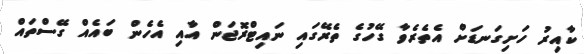
ކާއިރު ހަށިގަނޑަށް އެތެރެވާ ގޭހުގެ ތެރޭގައި ނައިޓްރޮޖަން އާއި އެހެން ބައެއް ގޭސްތައް